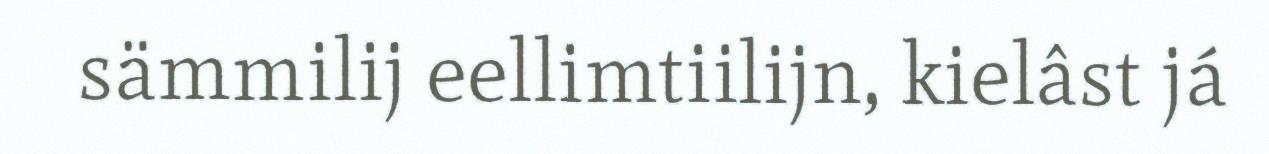
sämmilij eellimtiilijn, kielâst já